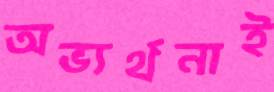
অভ্যর্থনাই